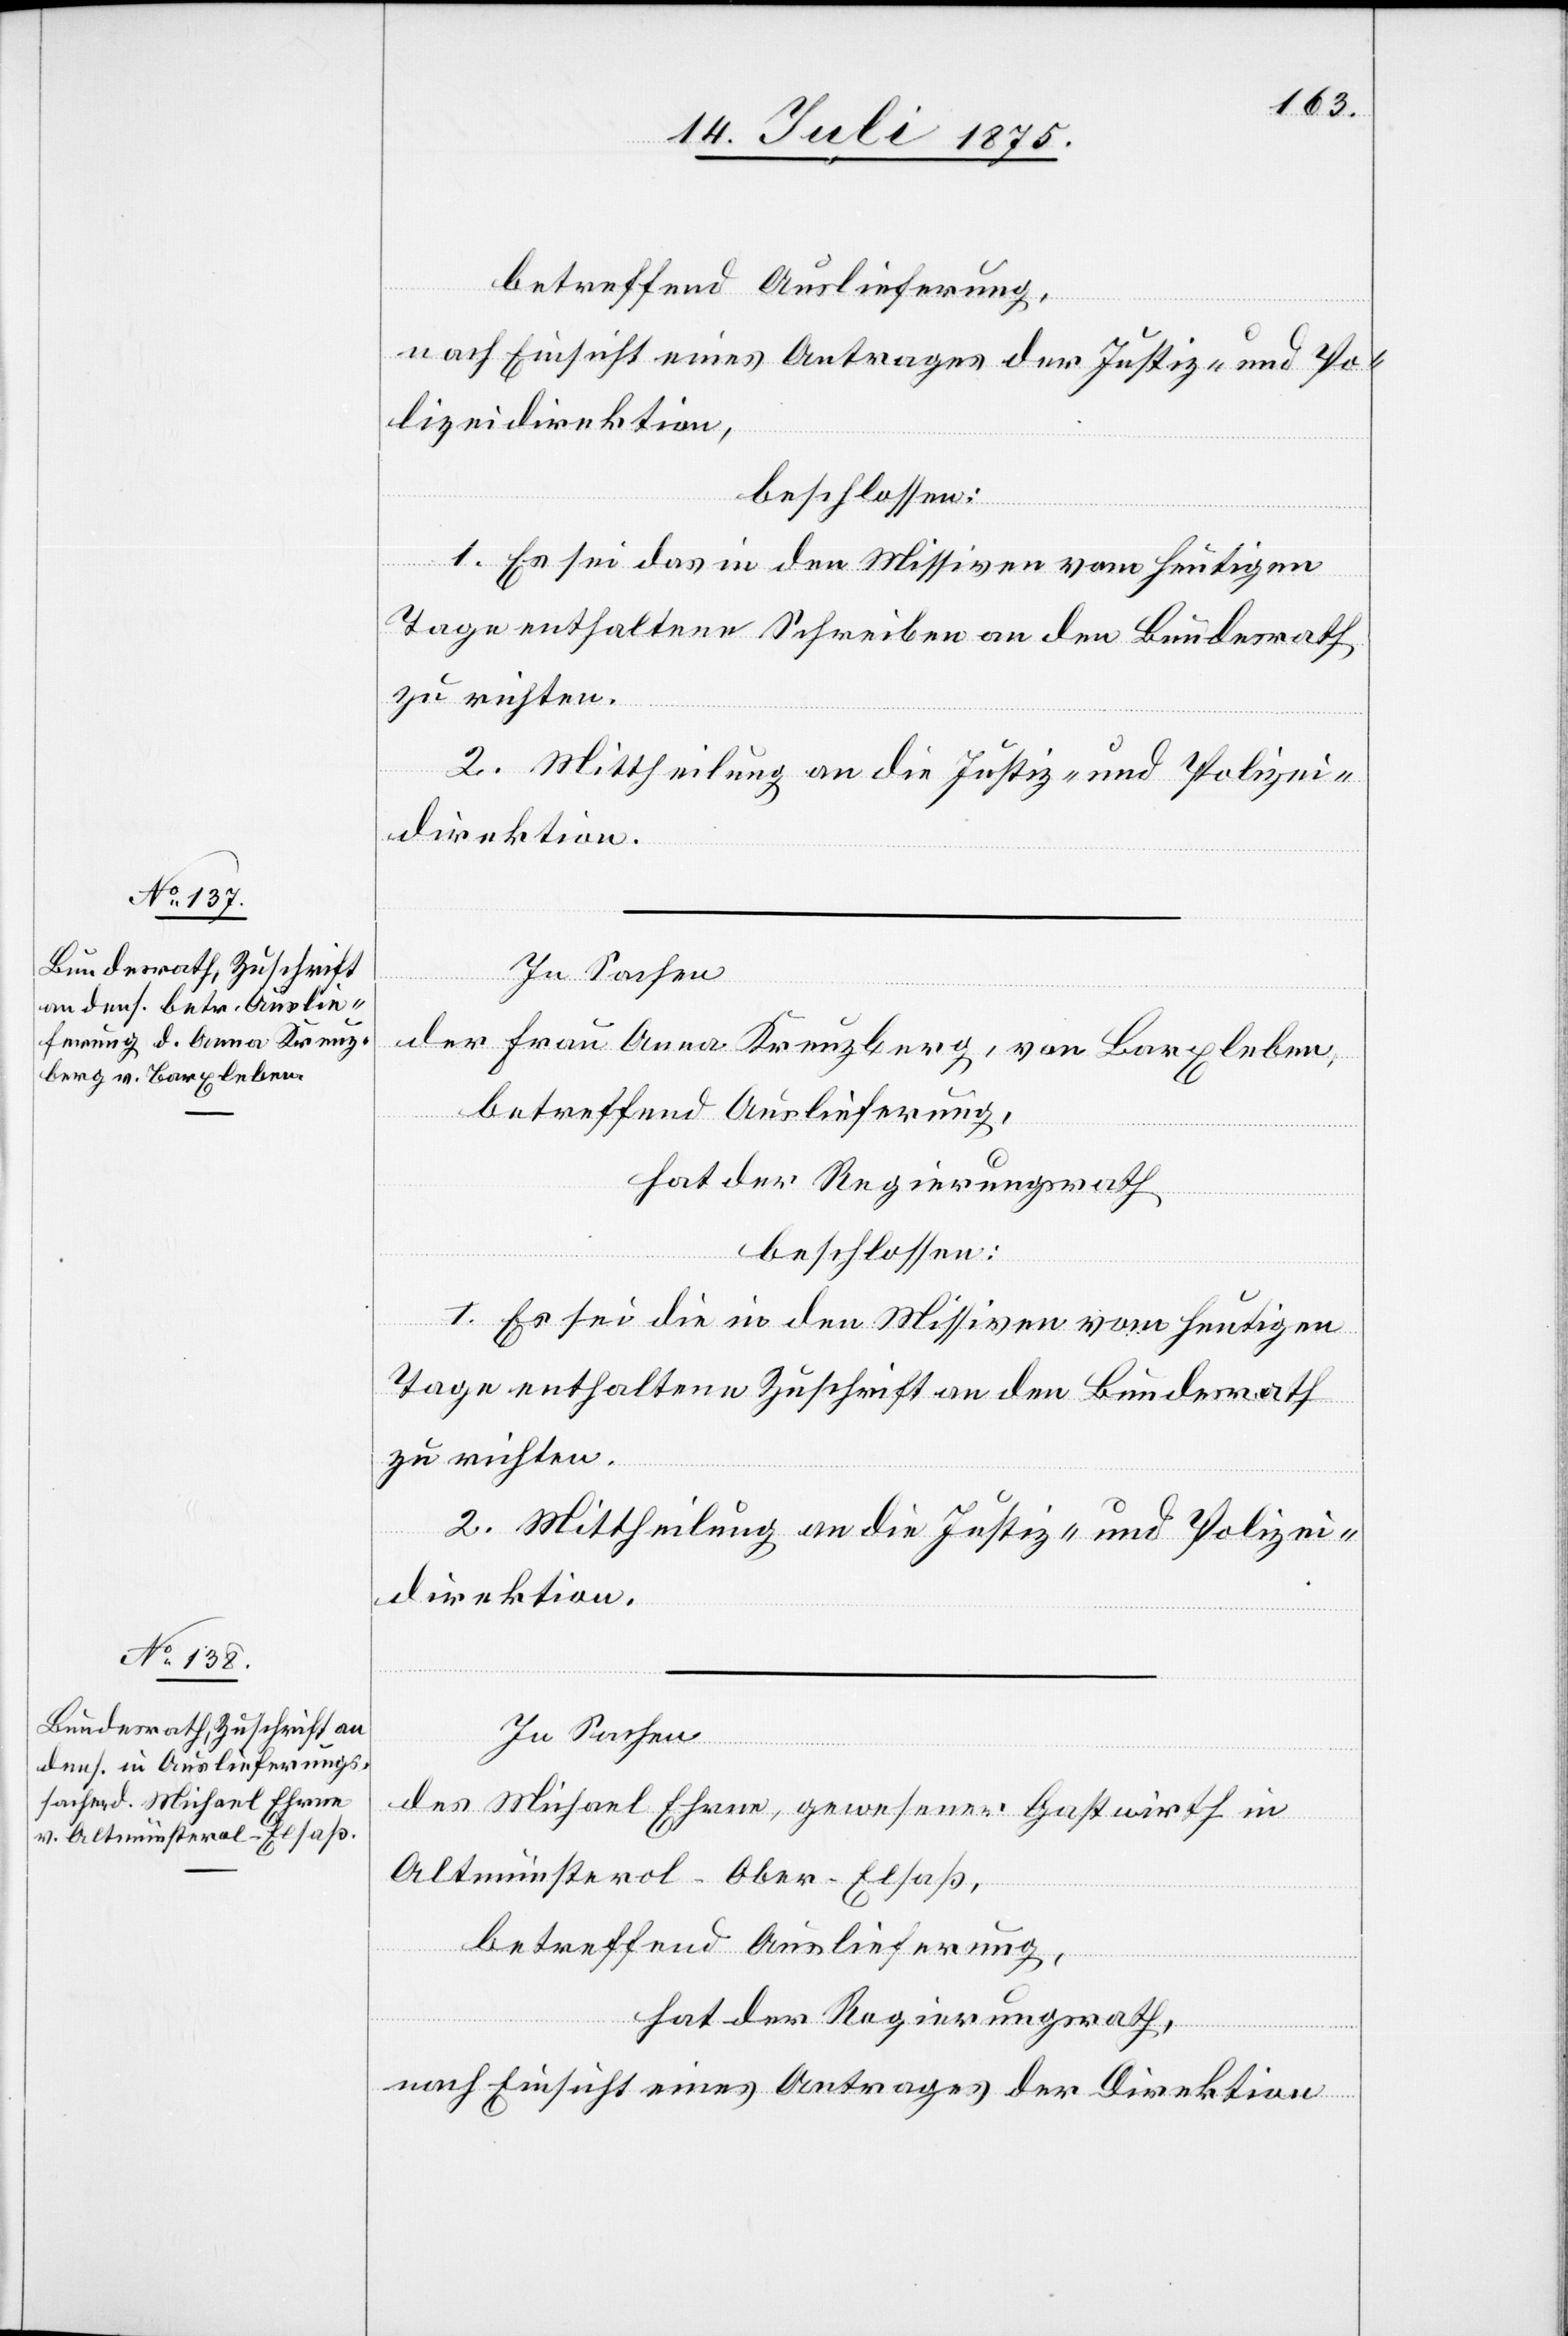
betreffend Auslieferung,
nach Einsicht eines Antrages der Justiz- und Po¬
lizeidirektion,
beschlossen:
1. Es sei das in den Missiven vom heutigen
Tage enthaltene Schreiben an den Bundesrath
zu richten.
2. Mittheilung an die Justiz- und Polizei¬
direktion.
In Sachen
der Frau Anna Kreuzberg, von Barxleben,
betreffend Auslieferung,
hat der Regierungsrath
beschlossen:
1. Es sei die in den Missiven vom heutigen
Tage enthaltene Zuschrift an den Bundesrath
zu richten.
2. Mittheilung an die Justiz- und Polizei¬
direktion.
In Sachen
des Michael Ehrne, gewesener Gastwirth in
Altmünsterol - Ober-Elsaß,
betreffend Auslieferung,
hat der Regierungsrath,
nach Einsicht eines Antrages der Direktion